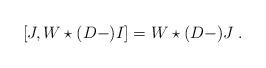
LaTeX: \begin{align*}[J,W \star (D-)I] = W \star (D-)J\;.\end{align*}